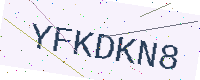
Text: YFKDKN8